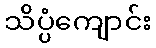
သိပ္ပံကျောင်း